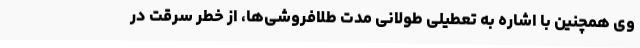
وی همچنین با اشاره به تعطیلی طولانی مدت طلافروشی‌ها، از خطر سرقت در